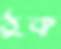
ঠুক্‌